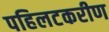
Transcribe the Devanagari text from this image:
पहिलटकरीण